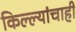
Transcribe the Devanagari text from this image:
किल्ल्यांचाही